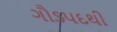
ગૌડપદથી